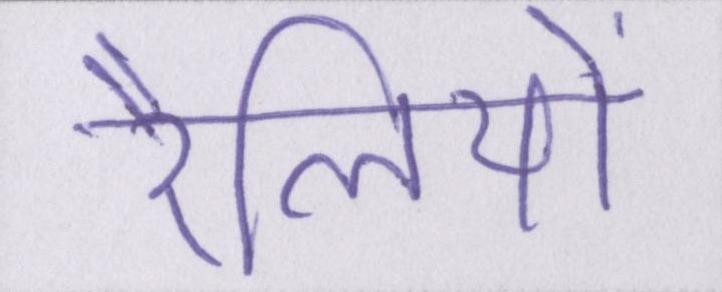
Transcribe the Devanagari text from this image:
रैलियों